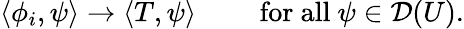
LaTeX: \langle\phi_{i},\psi\rangle\to\langle T,\psi\rangle\qquad{\mathrm{~for~all~}}\psi\in{\mathcal{D}}(U).